Annual report of the Central Committee of the Association together with the report of the directors of the Pasteur Institute at Kasauli
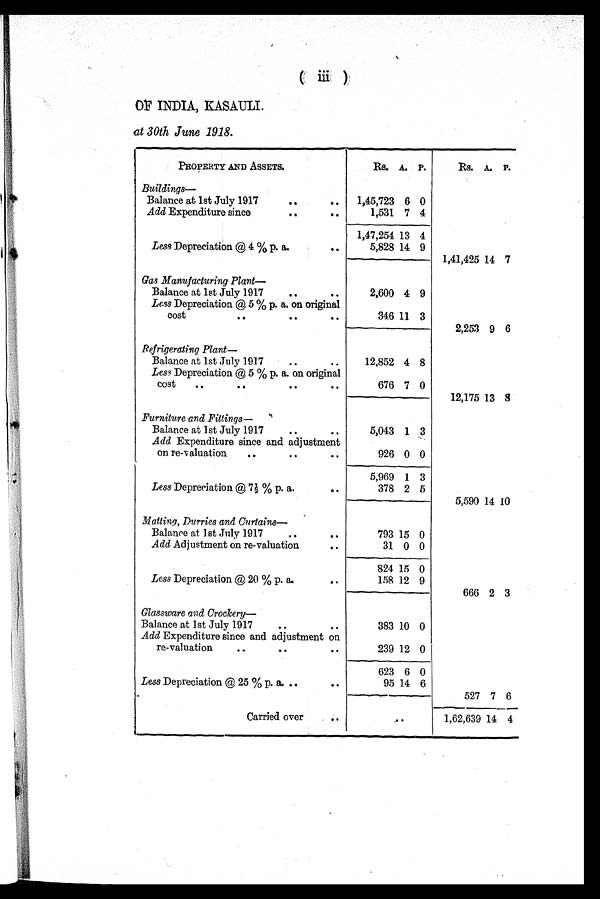
OF INDIA, KASAULI.
at 30th June 1918.
PROPERTY AND ASSETS.
Rs. A. P.
Rs.
A. P.
Buildings—
Balance at 1st July 1917
1,45,723 6 0
Add Expenditure since
1,531 7 4
1,47,254 13 4
Less Depreciation @ 4 % p. a.
5,828 14 9
1,41,425 14 7
Gas Manufacturing Plant—
Balance at 1st July 1917
2,600 4 9
Less Depreciation @ 5 % p. a. on original
cost
346 1 1 3
2,253 9 6
Refrigerating Plant—
Balance at 1st July 1917
..
..
12,852 4 8
Less Depreciation @ 5 % p. a. on original
cost
676 7 0
12,175 13 8
Furniture and Fittings—
Balance at 1st July 1917
..
..
5,043 1 3
Add Expenditure since and adjustment
on re-valuation
926 0 0
5,969 1 3
Less Depreciation @ 7½ % p. a.
378 2 5
5,590 14 10
Matting, Durries and Curtains
Balance at 1st July 1917
793 15 0
Add Adjustment on re-valuation
31 0 0
824 15 0
Less Depreciation @ 20 % p. a.
158 12 9
666 2 3
Glassware and Crockery—
Balance at 1st July 1917
383 10 0
Add Expenditure since and adjustment on
re-valuation
239 12 0
623 6 0
Less Depreciation @ 25 % p. a.
95 14 6
527 7 6
Carried over
..
1,62,639 14 4